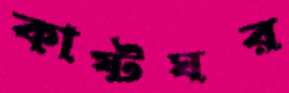
কাষ্টঘর